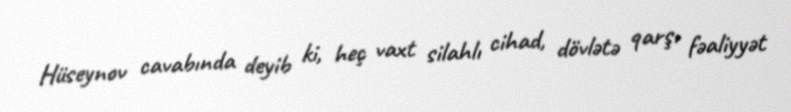
Hüseynov cavabında deyib ki, heç vaxt silahlı cihad, dövlətə qarşı fəaliyyət